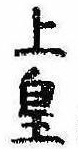
上皇